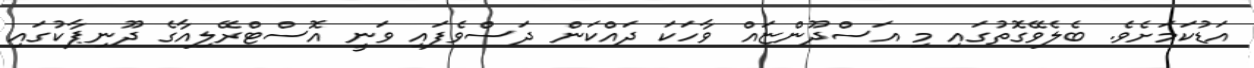
އަޑުކަމަށެވެ. ބެލެވޭގޮތުގައި މި އަސްދޫންޏައް ވާހަކަ ދައްކަން ދަސްވެފައި ވަނީ އޮސްޓްރޭލިއާގެ ދޫނިޕާކުގައި